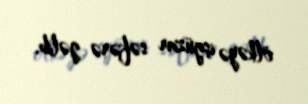
ölkəyə işgüzar səfərə gəlib.